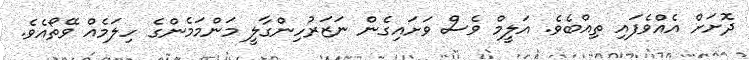
ދޮށަށް އެއްވެފައި ތިއްބެވެ. އަލީމް ވެސް ވަށައިގެން ނަޒަރުހިންގާލީ މަންމަމެންގެ ހިލަމެއް ވޭތޯއެވެ.